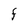
Character: F